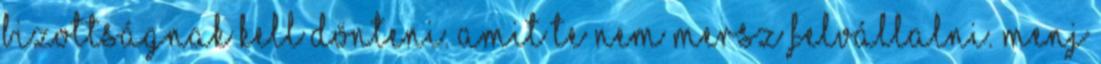
bizottságnak kell dönteni. amit te nem mersz felvállalni. Menj